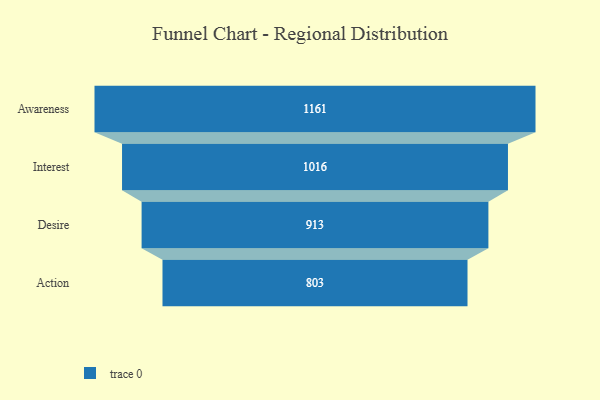
{"axis": {"x": "Stage", "y": "Value"}, "legend": [""], "data": [{"x": "Awareness", "y": 1161.0, "type": ""}, {"x": "Interest", "y": 1016.0, "type": ""}, {"x": "Desire", "y": 913.0, "type": ""}, {"x": "Action", "y": 803.0, "type": ""}]}